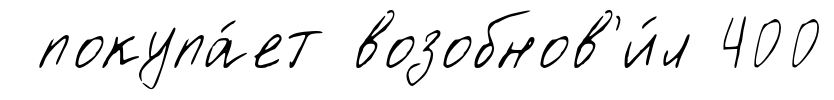
покупа́ет возобнов'и́л 400